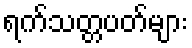
ရက်သတ္တပတ်များ